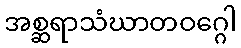
အစ္ဆရာသံဃာတဝဂ္ဂေါ